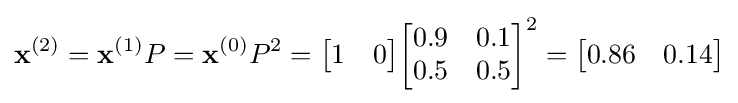
\mathbf {x} ^{(2)}=\mathbf {x} ^{(1)}P=\mathbf {x} ^{(0)}P^{2}={\begin{bmatrix}1&0\end{bmatrix}}{\begin{bmatrix}0.9&0.1\\0.5&0.5\end{bmatrix}}^{2}={\begin{bmatrix}0.86&0.14\end{bmatrix}}